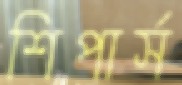
শিপার্স